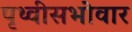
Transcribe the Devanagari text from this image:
पृथ्वीसभोवार